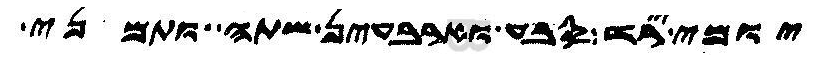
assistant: יומי ירד סבע וארבעין שתה ותמני